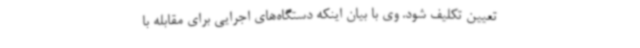
تعیین تکلیف شود. وی با بیان اینکه دستگاه‌های اجرایی برای مقابله با